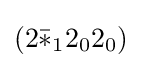
(2{\bar {*}}_{1}2_{0}2_{0})